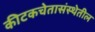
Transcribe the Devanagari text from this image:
कीटकचेतासंस्थेतील